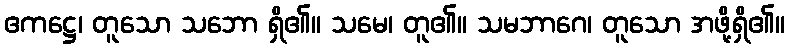
ဧကဋ္ဌေ၊ တူသော သဘော ရှိ၏။ သမေ၊ တူ၏။ သမဘာဂေ၊ တူသော အဖို့ရှိ၏။